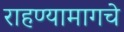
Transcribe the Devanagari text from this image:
राहण्यामागचे